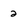
Character: 2